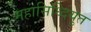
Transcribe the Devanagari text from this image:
महासिध्दियुत